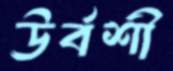
ঊর্বশী